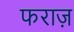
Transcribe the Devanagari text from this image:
फराज़